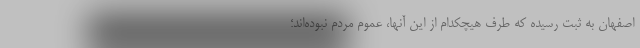
اصفهان به ثبت رسیده که طرف هیچکدام از این آنها، عموم مردم نبوده‌اند؛